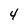
Character: 4